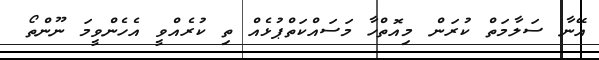
އޭނާ ސަލާމަތް ކުރަން މިއޮތްހާ މަސައްކަތްޕުޅެއް ތި ކުރެއްވީ އެހެންވީމަ ނޫންތޯ